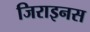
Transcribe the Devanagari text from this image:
जिराइनस